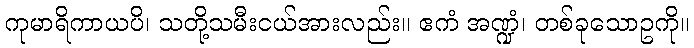
ကုမာရိကာယပိ၊ သတို့သမီးငယ်အားလည်း။ ဧကံ အဏ္ဍံ၊ တစ်ခုသောဥကို။